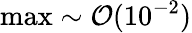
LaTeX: \operatorname*{max}\sim\mathcal{O}(10^{-2})